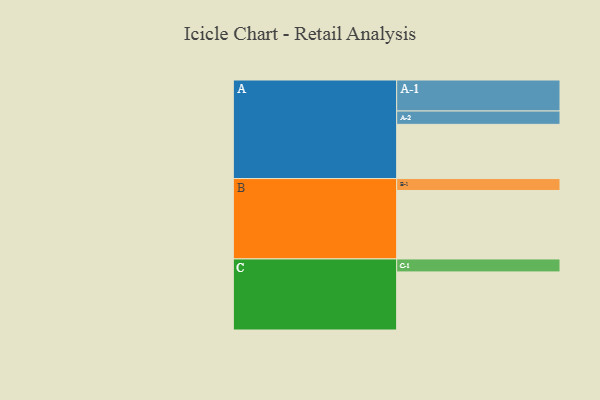
{"axis": {"x": "Segment", "y": "Value"}, "legend": ["", "A", "B", "C"], "data": [{"x": "A", "y": 418, "type": ""}, {"x": "B", "y": 528, "type": ""}, {"x": "C", "y": 448, "type": ""}, {"x": "A-1", "y": 239, "type": "A"}, {"x": "A-2", "y": 103, "type": "A"}, {"x": "B-1", "y": 92, "type": "B"}, {"x": "C-1", "y": 100, "type": "C"}]}